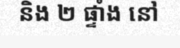
និង ២ ផ្ទាំង នៅ